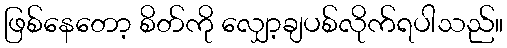
ဖြစ်နေတော့ စိတ်ကို လျှော့ချပစ်လိုက်ရပါသည်။